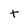
Character: t